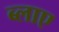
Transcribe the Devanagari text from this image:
ब्लाए